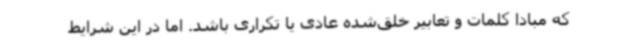
که مبادا کلمات و تعابیر خلق‌شده عادی یا تکراری باشد. اما در این شرایط